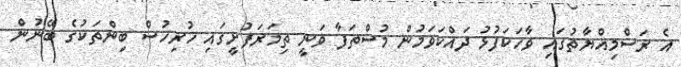
އެ ރަސްމިއްޔާތުގައި ވާހަކަފުޅު ދައްކަވަމުން މުސްތަފާ ވަނީ ތިމަރަފުށީގައި ހުރިހުސް ބިންތަކުގެ ބޭނުން